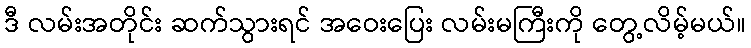
ဒီ လမ်းအတိုင်း ဆက်သွားရင် အဝေးပြေး လမ်းမကြီးကို တွေ့လိမ့်မယ်။